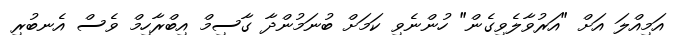
އަމިއްލަ އަށް "އަރުވާލެވިގެން" ހުންނެވި ކަމަށް ބުނަމުންދާ ގާސިމް އިބްރާހިމް ވެސް އެނބުރި